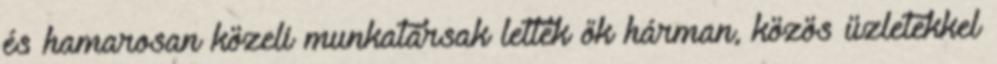
és hamarosan közeli munkatársak lettek ők hárman, közös üzletekkel